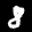
Label: 8